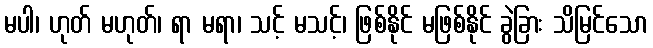
မပါ၊ ဟုတ် မဟုတ်၊ ရာ မရာ၊ သင့် မသင့်၊ ဖြစ်နိုင် မဖြစ်နိုင် ခွဲခြား သိမြင်သော